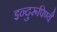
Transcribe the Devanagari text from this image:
इन्दुरूपिण्यै